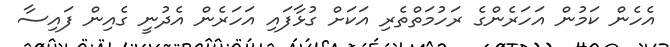
އެހެން ކަމުން އަހަރެންގެ ރަހުމަތްތެރި އަކަށް ގުޅާފައި އަހަރެން އެދުނީ ގެއިން ފައިސާ